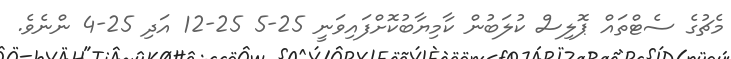
މެޗުގެ ސެޓްތައް ޕޮލިސް ކުލަބުން ކާމިޔާބުކޮށްފައިވަނީ 25-5 25-12 އަދި 25-4 ންނެވެ.